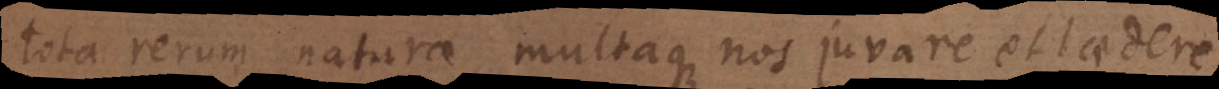
tota rerum natura, multaque nos juvare et laedere